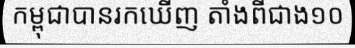
កម្ពុជាបានរកឃើញ តាំងពីជាង១០